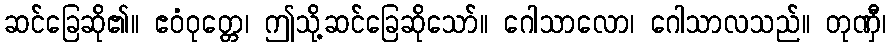
ဆင်ခြေဆို၏။ ဧဝံဝုတ္တေ၊ ဤသို့ဆင်ခြေဆိုသော်။ ဂေါသာလော၊ ဂေါသာလသည်။ တုဏှီ၊